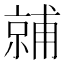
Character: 𬽙